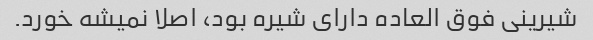
شیرینی فوق العاده دارای شیره بود، اصلا نمیشه خورد.